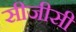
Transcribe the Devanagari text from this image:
सीजीसी